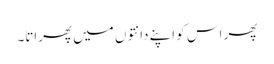
پھر اس کو اپنے دانتوں میں پھراتا۔